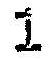
1